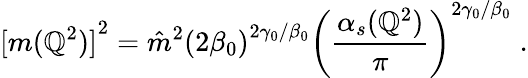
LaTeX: {[m(\mathbb{Q}^{2})]}^{2}={\hat{{m}}}^{2}{(2{\beta}_{0})}^{2{\gamma}_{0}/{\beta}_{0}}{\left(\frac{{{\alpha}_{s}(\mathbb{Q}^{2})}}{{\pi}}\right)}^{2{\gamma}_{0}/{\beta}_{0}}\; .